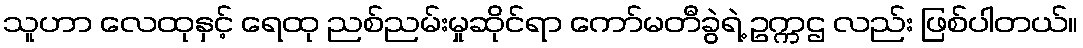
သူဟာ လေထုနှင့် ရေထု ညစ်ညမ်းမှုဆိုင်ရာ ကော်မတီခွဲရဲ့ ဥက္ကဌ လည်း ဖြစ်ပါတယ်။